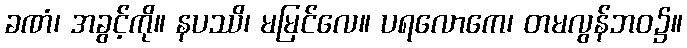
ခဏံ၊ အခွင့်ကို။ နပဿိ၊ မမြင်လေ။ ပရလောကေ၊ တမလွန်ဘဝ၌။